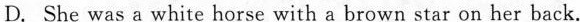
D. She was a white horse with a brown star on her back.